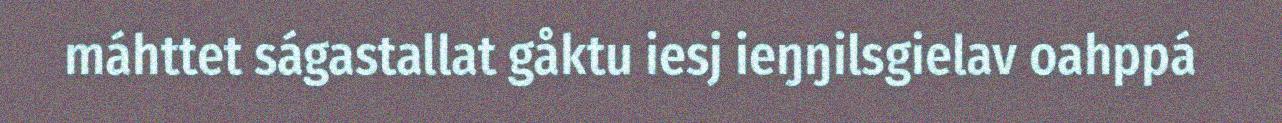
máhttet ságastallat gåktu iesj ieŋŋilsgielav oahppá